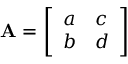
\mathbf { A } = { \left[ \begin{array} { l l } { a } & { c } \\ { b } & { d } \end{array} \right] }